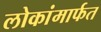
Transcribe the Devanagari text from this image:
लोकांमार्फत